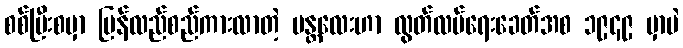
စစ်ပြီးစမှာ ပြန်လည်စည်ကားလာတဲ့ မန္တလေးဟာ လွတ်လပ်ရေးခေတ်အစ ၁၉၄၉ မှာပဲ